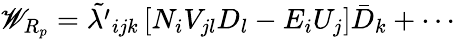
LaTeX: {\cal\mathscr{W}}_{R_{p}}=\tilde{{\lambda^{\prime}}}_{ijk}\left[N_{i}V_{jl}D_{l}-E_{i}U_{j}\right]\bar{{D}}_{k}+\cdots~